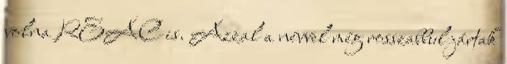
volna REAC is. Azzal a névvel még rosszabbul jártak